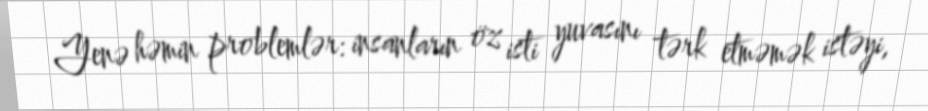
Yenə həmin problemlər: insanların öz isti yuvasını tərk etməmək istəyi,